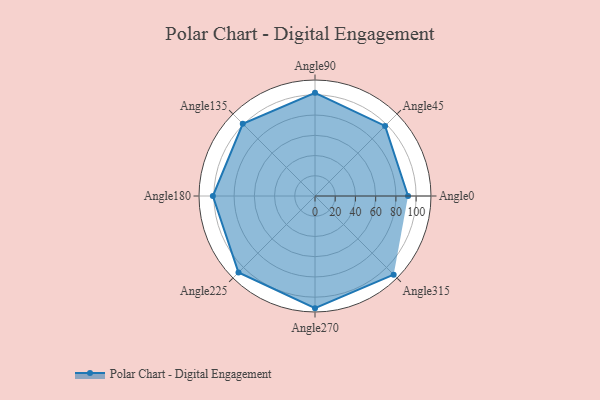
{"axis": {"x": "Angle", "y": "Radius"}, "legend": [""], "data": [{"x": "Angle0", "y": 92.0, "type": ""}, {"x": "Angle45", "y": 98.0, "type": ""}, {"x": "Angle90", "y": 102.0, "type": ""}, {"x": "Angle135", "y": 101.0, "type": ""}, {"x": "Angle180", "y": 101.0, "type": ""}, {"x": "Angle225", "y": 107.0, "type": ""}, {"x": "Angle270", "y": 111.0, "type": ""}, {"x": "Angle315", "y": 110.0, "type": ""}]}